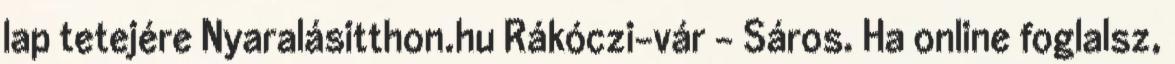
lap tetejére Nyaralásitthon.hu Rákóczi-vár - Sáros. Ha online foglalsz,